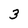
Character: 3